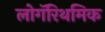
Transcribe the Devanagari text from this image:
लोगॅरिथमिक